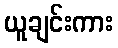
ယူချင်းကား